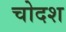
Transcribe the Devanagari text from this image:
चोदश